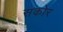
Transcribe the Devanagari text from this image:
सकोर